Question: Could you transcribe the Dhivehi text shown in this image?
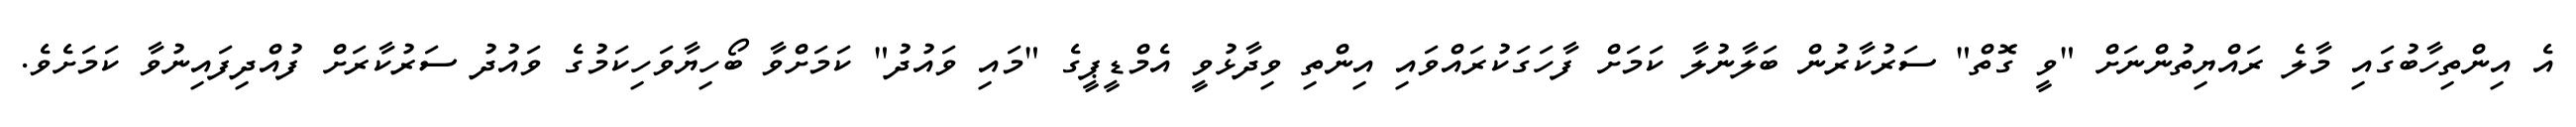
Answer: އެ އިންތިހާބުގައި މާލެ ރައްޔިތުންނަށް "ވީ ގޮތް" ސަރުކާރުން ބަލާނުލާ ކަމަށް ފާހަގަކުރައްވައި އިންތި ވިދާޅުވީ އެމްޑީޕީގެ "މައި ވައުދު" ކަމަށްވާ ބޯހިޔާވަހިކަމުގެ ވައުދު ސަރުކާރަށް ފުއްދިފައިނުވާ ކަމަށެވެ.